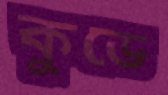
কুডে